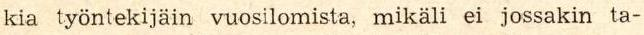
kia työntekijäin vuosilomista, mikäli ei jossakin ta-